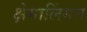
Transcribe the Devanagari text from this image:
क्षेमालिंगन